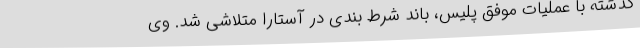
گذشته با عملیات موفق پلیس، باند شرط بندی در آستارا متلاشی شد. وی